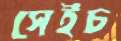
সেইচ